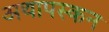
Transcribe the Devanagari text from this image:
अथापस्कन